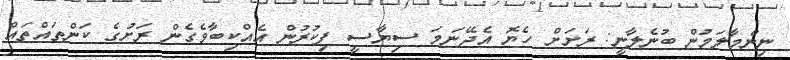
ނިންމާލަމުން ބުނެލާނީ: ރަށަށް ހެޔޮ އެދޭނަމަ ސިޔާސީ ފިކުރުން އެއްކިބާވެގެން ރަށުގެ ކަންތައްތައް